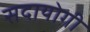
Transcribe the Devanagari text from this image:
सदायोगी